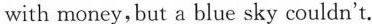
with money, but a blue sky couldn't.